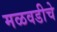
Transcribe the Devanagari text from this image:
मळवडीचे